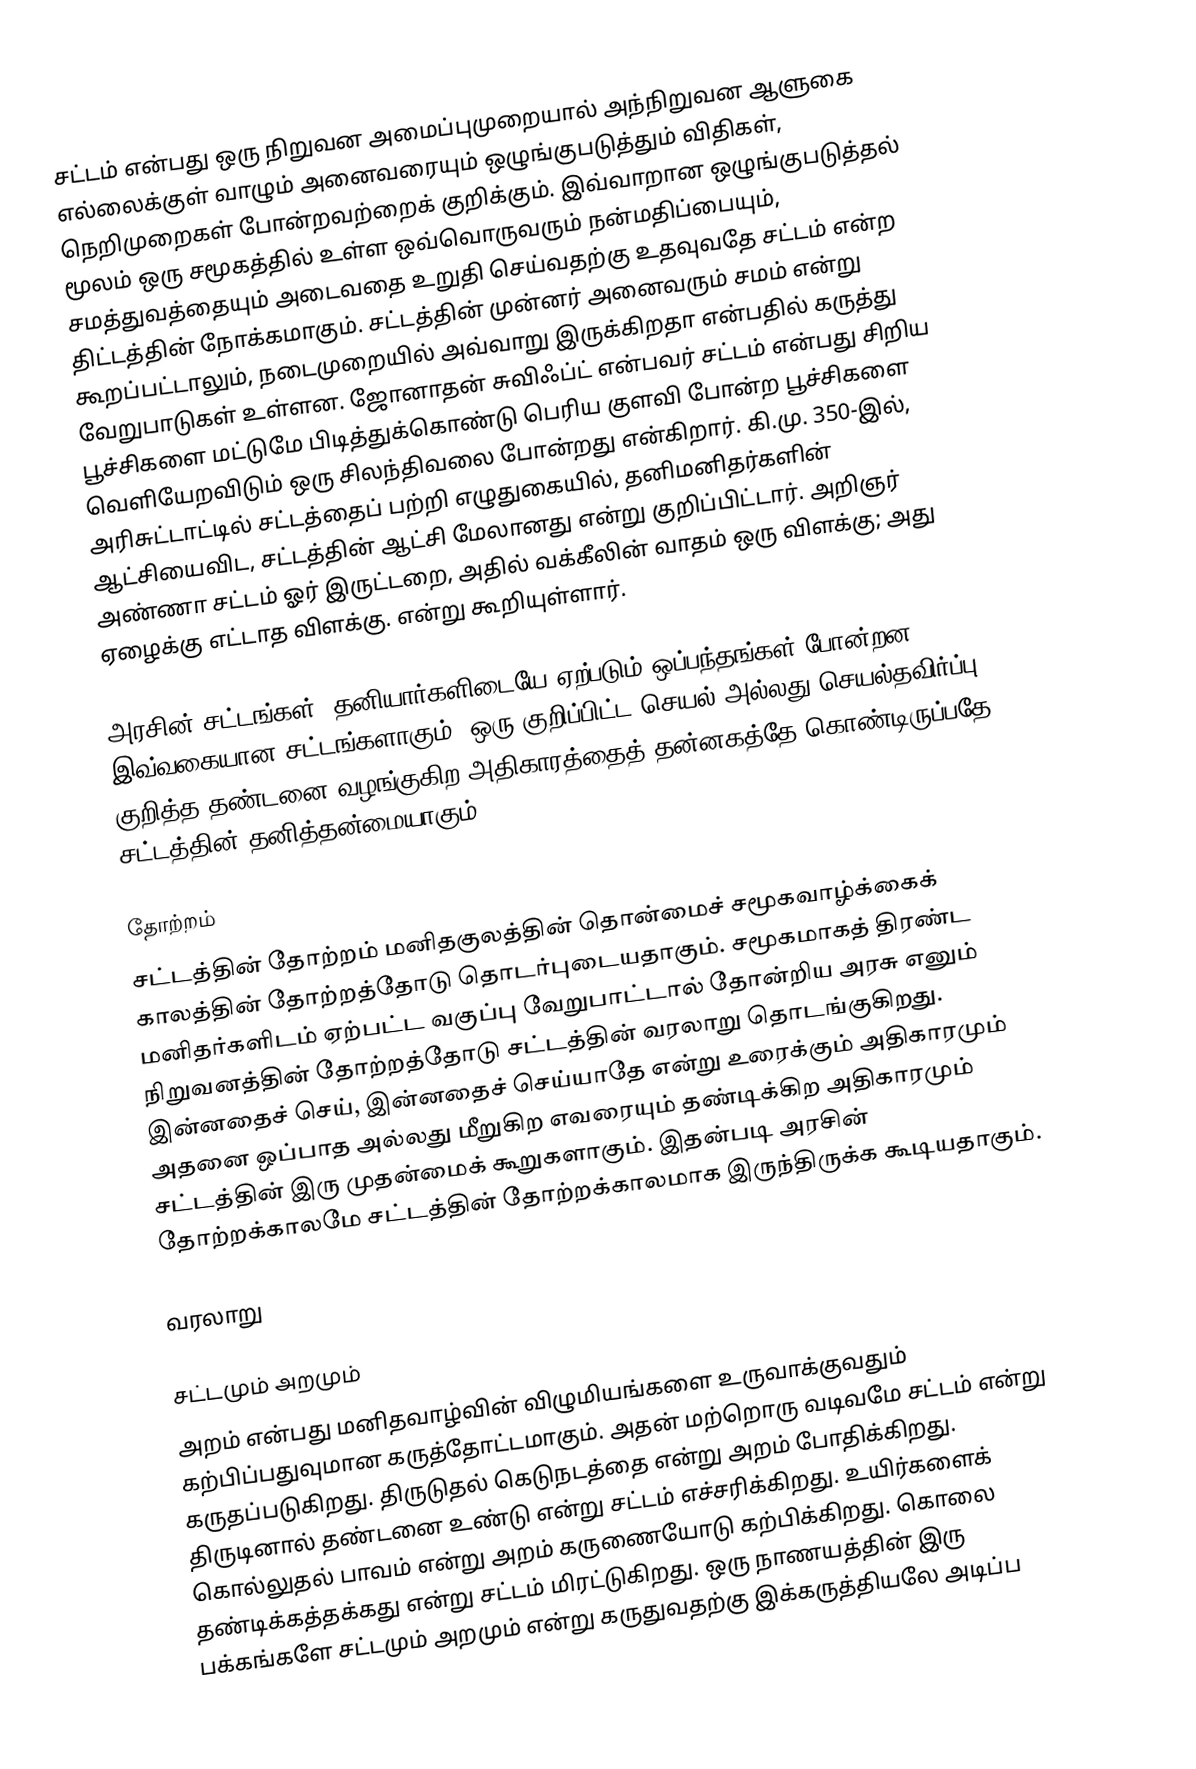
சட்டம் என்பது ஒரு நிறுவன அமைப்புமுறையால் அந்நிறுவன ஆளுகை எல்லைக்குள் வாழும் அனைவரையும் ஒழுங்குபடுத்தும் விதிகள், நெறிமுறைகள் போன்றவற்றைக் குறிக்கும். இவ்வாறான ஒழுங்குபடுத்தல் மூலம் ஒரு சமூகத்தில் உள்ள ஒவ்வொருவரும் நன்மதிப்பையும், சமத்துவத்தையும் அடைவதை உறுதி செய்வதற்கு உதவுவதே சட்டம் என்ற திட்டத்தின் நோக்கமாகும். சட்டத்தின் முன்னர் அனைவரும் சமம் என்று கூறப்பட்டாலும், நடைமுறையில் அவ்வாறு இருக்கிறதா என்பதில் கருத்து வேறுபாடுகள் உள்ளன. ஜோனாதன் சுவிஃப்ட் என்பவர் சட்டம் என்பது சிறிய பூச்சிகளை மட்டுமே பிடித்துக்கொண்டு பெரிய குளவி போன்ற பூச்சிகளை வெளியேறவிடும் ஒரு சிலந்திவலை போன்றது என்கிறார். கி.மு. 350-இல், அரிசுட்டாட்டில் சட்டத்தைப் பற்றி எழுதுகையில், தனிமனிதர்களின் ஆட்சியைவிட, சட்டத்தின் ஆட்சி மேலானது என்று குறிப்பிட்டார். அறிஞர் அண்ணா சட்டம் ஓர் இருட்டறை, அதில் வக்கீலின் வாதம் ஒரு விளக்கு; அது ஏழைக்கு எட்டாத விளக்கு. என்று கூறியுள்ளார்.

அரசின் சட்டங்கள், தனியார்களிடையே ஏற்படும் ஒப்பந்தங்கள் போன்றன இவ்வகையான சட்டங்களாகும். ஒரு குறிப்பிட்ட செயல் அல்லது செயல்தவிர்ப்பு குறித்த தண்டனை வழங்குகிற அதிகாரத்தைத் தன்னகத்தே கொண்டிருப்பதே சட்டத்தின் தனித்தன்மையாகும்.

தோற்றம்
சட்டத்தின் தோற்றம் மனிதகுலத்தின் தொன்மைச் சமூகவாழ்க்கைக் காலத்தின் தோற்றத்தோடு தொடர்புடையதாகும். சமூகமாகத் திரண்ட மனிதர்களிடம் ஏற்பட்ட வகுப்பு வேறுபாட்டால் தோன்றிய அரசு எனும் நிறுவனத்தின் தோற்றத்தோடு சட்டத்தின் வரலாறு தொடங்குகிறது. இன்னதைச் செய், இன்னதைச் செய்யாதே என்று உரைக்கும் அதிகாரமும் அதனை ஒப்பாத அல்லது மீறுகிற எவரையும் தண்டிக்கிற அதிகாரமும் சட்டத்தின் இரு முதன்மைக் கூறுகளாகும். இதன்படி அரசின் தோற்றக்காலமே சட்டத்தின் தோற்றக்காலமாக இருந்திருக்க கூடியதாகும்.

வரலாறு

சட்டமும் அறமும்
அறம் என்பது மனிதவாழ்வின் விழுமியங்களை உருவாக்குவதும் கற்பிப்பதுவுமான கருத்தோட்டமாகும். அதன் மற்றொரு வடிவமே சட்டம் என்று கருதப்படுகிறது. திருடுதல் கெடுநடத்தை என்று அறம் போதிக்கிறது. திருடினால் தண்டனை உண்டு என்று சட்டம் எச்சரிக்கிறது. உயிர்களைக் கொல்லுதல் பாவம் என்று அறம் கருணையோடு கற்பிக்கிறது. கொலை தண்டிக்கத்தக்கது என்று சட்டம் மிரட்டுகிறது. ஒரு நாணயத்தின் இரு பக்கங்களே சட்டமும் அறமும் என்று கருதுவதற்கு இக்கருத்தியலே அடிப்ப